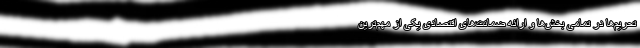
تحریم‌ها در تمامی بخش‌ها و ارائه ضمانت‌های اقتصادی یکی از مهم‌ترین